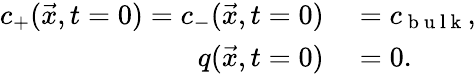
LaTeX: \begin{array}{rl}{c_{+}(\vec{x},t=0)=c_{-}(\vec{x},t=0)}&{{}=c_{\mathrm{~b~u~l~k~}},}\\ {q(\vec{x},t=0)}&{{}=0.}\end{array}